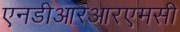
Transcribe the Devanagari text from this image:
एनडीआरआरएमसी